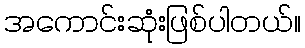
အကောင်းဆုံးဖြစ်ပါတယ်။